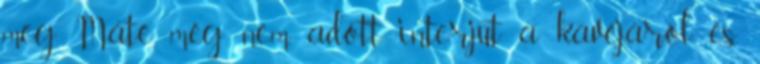
meg, Máté még nem adott interjút a kávéjáról és